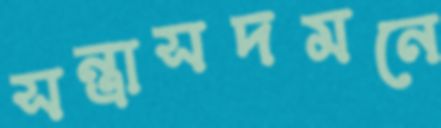
সন্ত্রাসদমনে